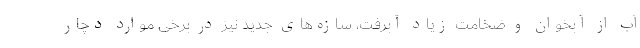
آب از آبخوان و ضخامت زیاد آبرفت، سازه‌های جدید نیز در برخی موارد دچار